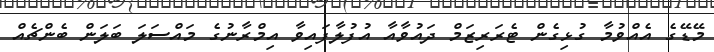
މޭޑޭގެ އެއްވުމާ ގުޅިގެން ޓެރަރިޒަމް ދައުވާއާ އުފުލާފައިވާ އިމްރާނުގެ މައްސަލަ ބަލަން ބެންޗެއް